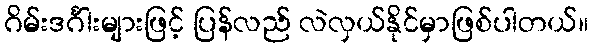
ဂိမ်းဒင်္ဂါးများဖြင့် ပြန်လည် လဲလှယ်နိုင်မှာဖြစ်ပါတယ်။